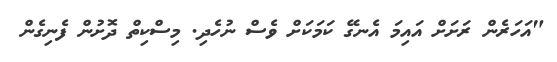
"އަހަރެން ރަށަށް އައިމަ އެނގޭ ކަމަކަށް ވެސް ނުހެދި. މިސްކިތް ދޮށުން ފެނިގެން